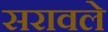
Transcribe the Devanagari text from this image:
सरावले